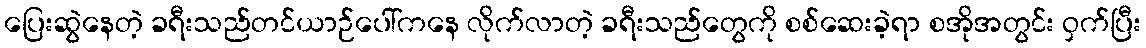
ပြေးဆွဲနေတဲ့ ခရီးသည်တင်ယာဉ်ပေါ်ကနေ လိုက်လာတဲ့ ခရီးသည်တွေကို စစ်ဆေးခဲ့ရာ စအိုအတွင်း ဝှက်ပြီး